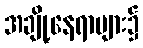
အချို့နေရာများ၌